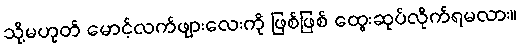
သို့မဟုတ် မောင့်လက်ဖျားလေးကို ဖြစ်ဖြစ် ထွေးဆုပ်လိုက်ရမလား။